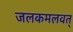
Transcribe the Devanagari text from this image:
जलकमलवत्